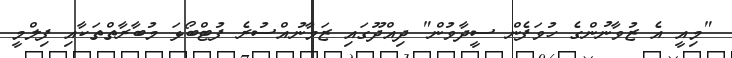
"މިއީ އެ ޒުވާނުންގެ ހުވަފެން ސީދާވުން" ދިއްދޫގައި ޒަމާނުއްސުރެ ފުޓްބޯޅަ މުބާރާތްތަކާއި ފިލްމީ